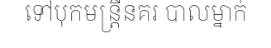
ទៅបុកមន្ត្រីនគរ បាលម្នាក់